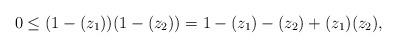
LaTeX: \begin{align*}&0 \leq (1-(z_1))(1-(z_2)) = 1 - (z_1) - (z_2) + (z_1)(z_2), \end{align*}